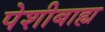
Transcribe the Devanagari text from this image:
पेशीबाह्य